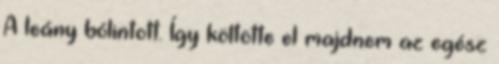
A leány bólintott. Így költötte el majdnem az egész